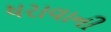
ધરાવાની